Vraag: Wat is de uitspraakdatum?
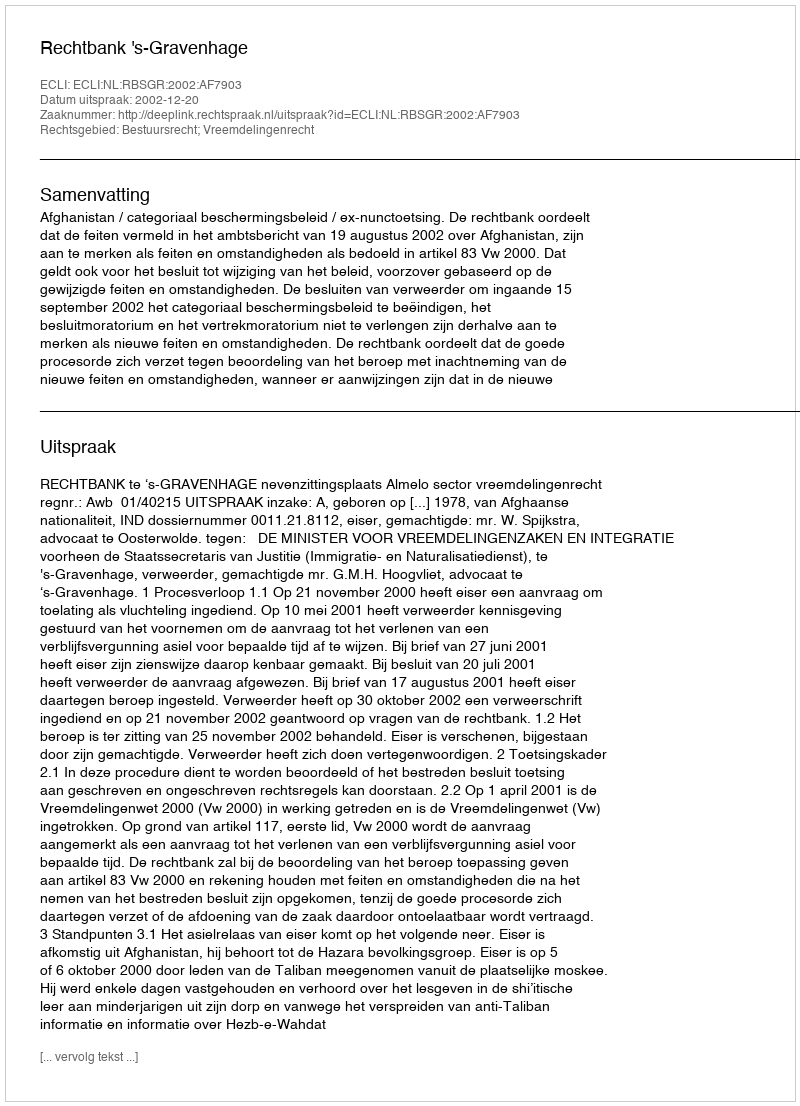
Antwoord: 2002-12-20